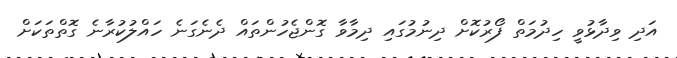
އަދި ވިދާޅުވީ ހިދުމަތް ފޯރުކޮށް ދިނުމުގައި ދިމާވާ ގޮންޖެހުންތައް ދެނެގަނެ ހައްލުކުރާނެ ގޮތްތަކަށް